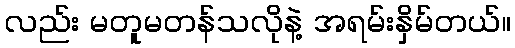
လည်း မတူမတန်သလိုနဲ့ အရမ်းနှိမ်တယ်။